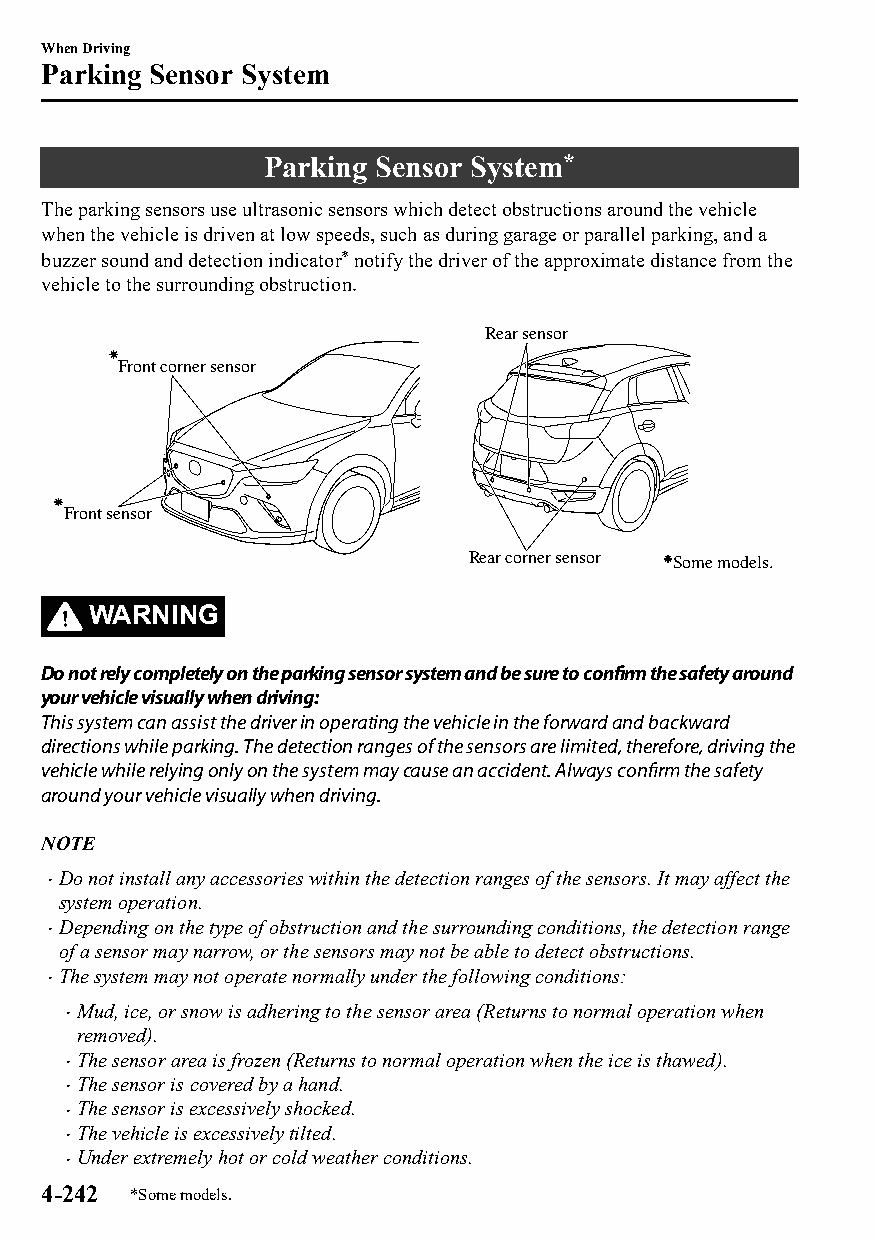
When Driving
 Parking Sensor System
 Parking Sensor System*
 The parking sensors use ultrasonic sensors which detect obstructions around the vehicle
 when the vehicle is driven at low speeds, such as during garage or parallel parking, and a
 buzzer sound and detection indicator* notify the driver of the approximate distance from the
 vehicle to the surrounding obstruction.
 Rear sensor
 Front corner sensor
 Front sensor
 Rear corner sensor Some models.
 WARNING
 Do not rely completely on the parking sensor system and be sure to confirm the safety around
 your vehicle visually when driving:
 This system can assist the driver in operating the vehicle in the forward and backward
 directions while parking. The detection ranges of the sensors are limited, therefore, driving the
 vehicle while relying only on the system may cause an accident. Always confirm the safety
 around your vehicle visually when driving.
 NOTE
 Do not install any accessories within the detection ranges of the sensors. It may affect the
 
 system operation.
 Depending on the type of obstruction and the surrounding conditions, the detection range
 
 of a sensor may narrow, or the sensors may not be able to detect obstructions.
 The system may not operate normally under the following conditions:
 
 Mud, ice, or snow is adhering to the sensor area (Returns to normal operation when
 
 removed).
 The sensor area is frozen (Returns to normal operation when the ice is thawed).
 
 The sensor is covered by a hand.
 
 The sensor is excessively shocked.
 
 The vehicle is excessively tilted.
 
 Under extremely hot or cold weather conditions.
 
 4-242 *Some models.
 CX-3_8GT4-EE-18D_Edition4                  2018-9-6 18:32:19